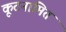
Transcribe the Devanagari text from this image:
कूटनामित